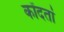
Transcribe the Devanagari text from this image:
कोंदतां